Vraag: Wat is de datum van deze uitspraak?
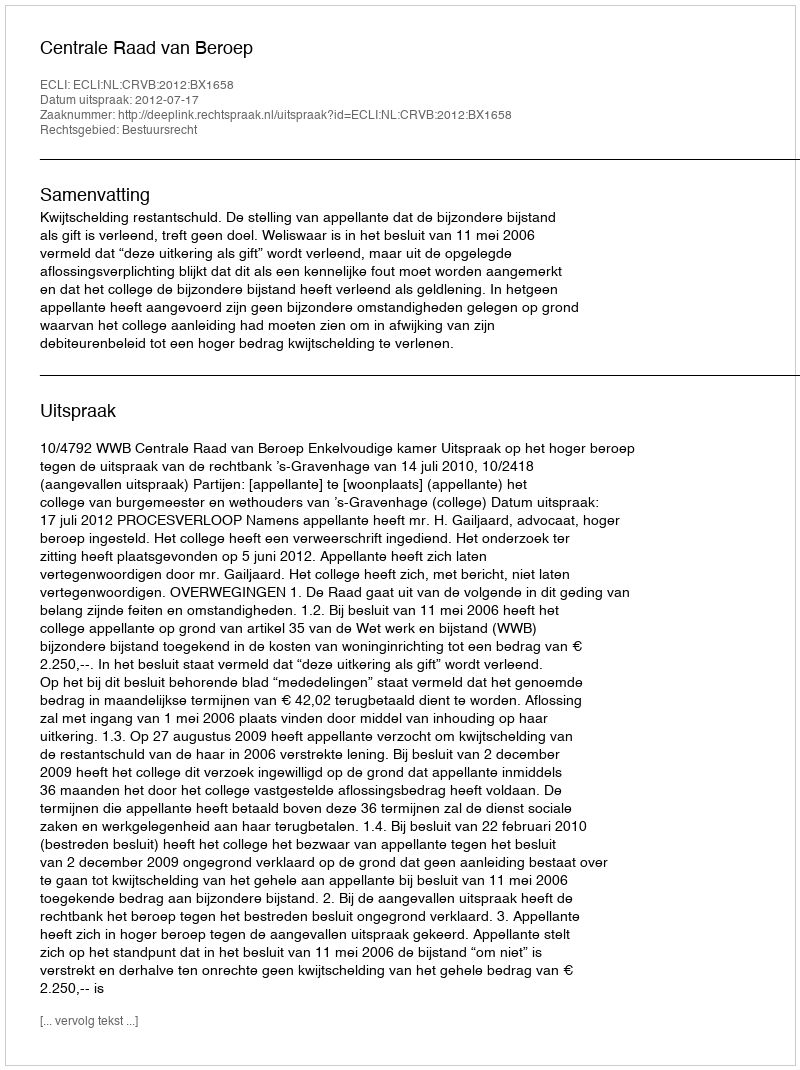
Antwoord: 2012-07-17